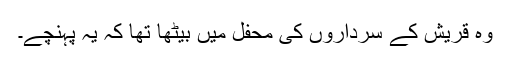
وہ قریش کے سرداروں کی محفل میں بیٹھا تھا کہ یہ پہنچے۔